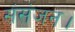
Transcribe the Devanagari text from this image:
संसंजन।